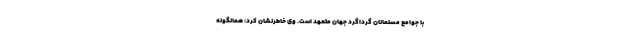
با جوامع مسلمانان گرداگرد جهان متعهد است. وی خاطرنشان کرد: همانگونه